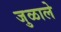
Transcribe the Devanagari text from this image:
जुळाले